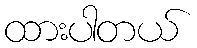
ထားပါတယ်